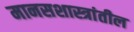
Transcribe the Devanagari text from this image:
मानसशास्त्रांतील